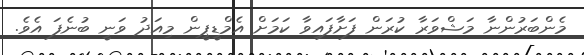
މެންބަރުންނާ މަޝްވަރާ ކުރަން ފަށާފައިވާ ކަމަށް އެމްޑީޕީން މިއަދު ވަނީ ބުނެފަ އެވެ.